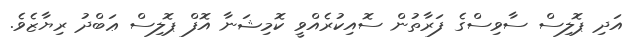
އަދި ޕޮލިސް ސާވިސްގެ ފަރާތުން ސޮއިކުރެއްވީ ކޮމިޝަނާ އޮފް ޕޮލިސް ޢަބްދު ރިޔާޒެވެ.